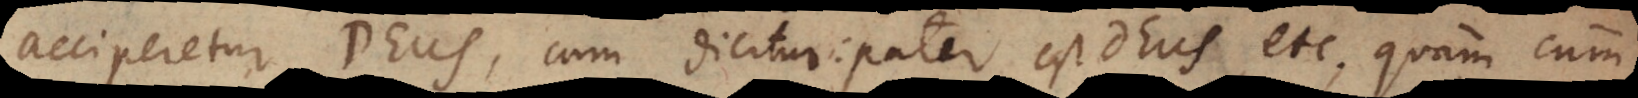
acciperetur Deus, cum dicitur: pater est Deus, etc., quam cum